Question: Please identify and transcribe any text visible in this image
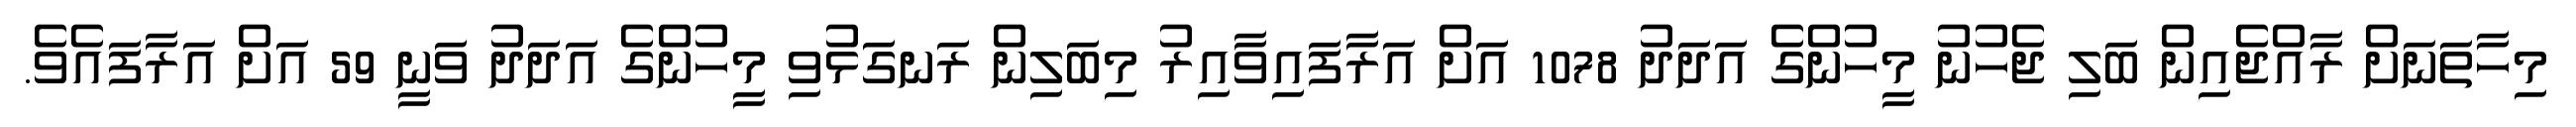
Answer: މިހާތަނަށް ރާއްޖެއިން ބަލި ޖެހުނު މީހުންގެ އަދަދު 1078 އަށް އަރާފައިވާއިރު މިބަލިން ރަނގަޅުވި މީހުންގެ އަދަދު ވަނީ 59 އަށް އަރާފައެވެ.